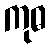
ကုဓ